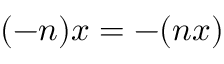
( - n ) x = - ( n x )